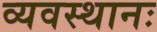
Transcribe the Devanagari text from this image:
व्यवस्थानः